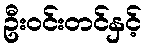
ဦးဝင်းတင်နှင့်